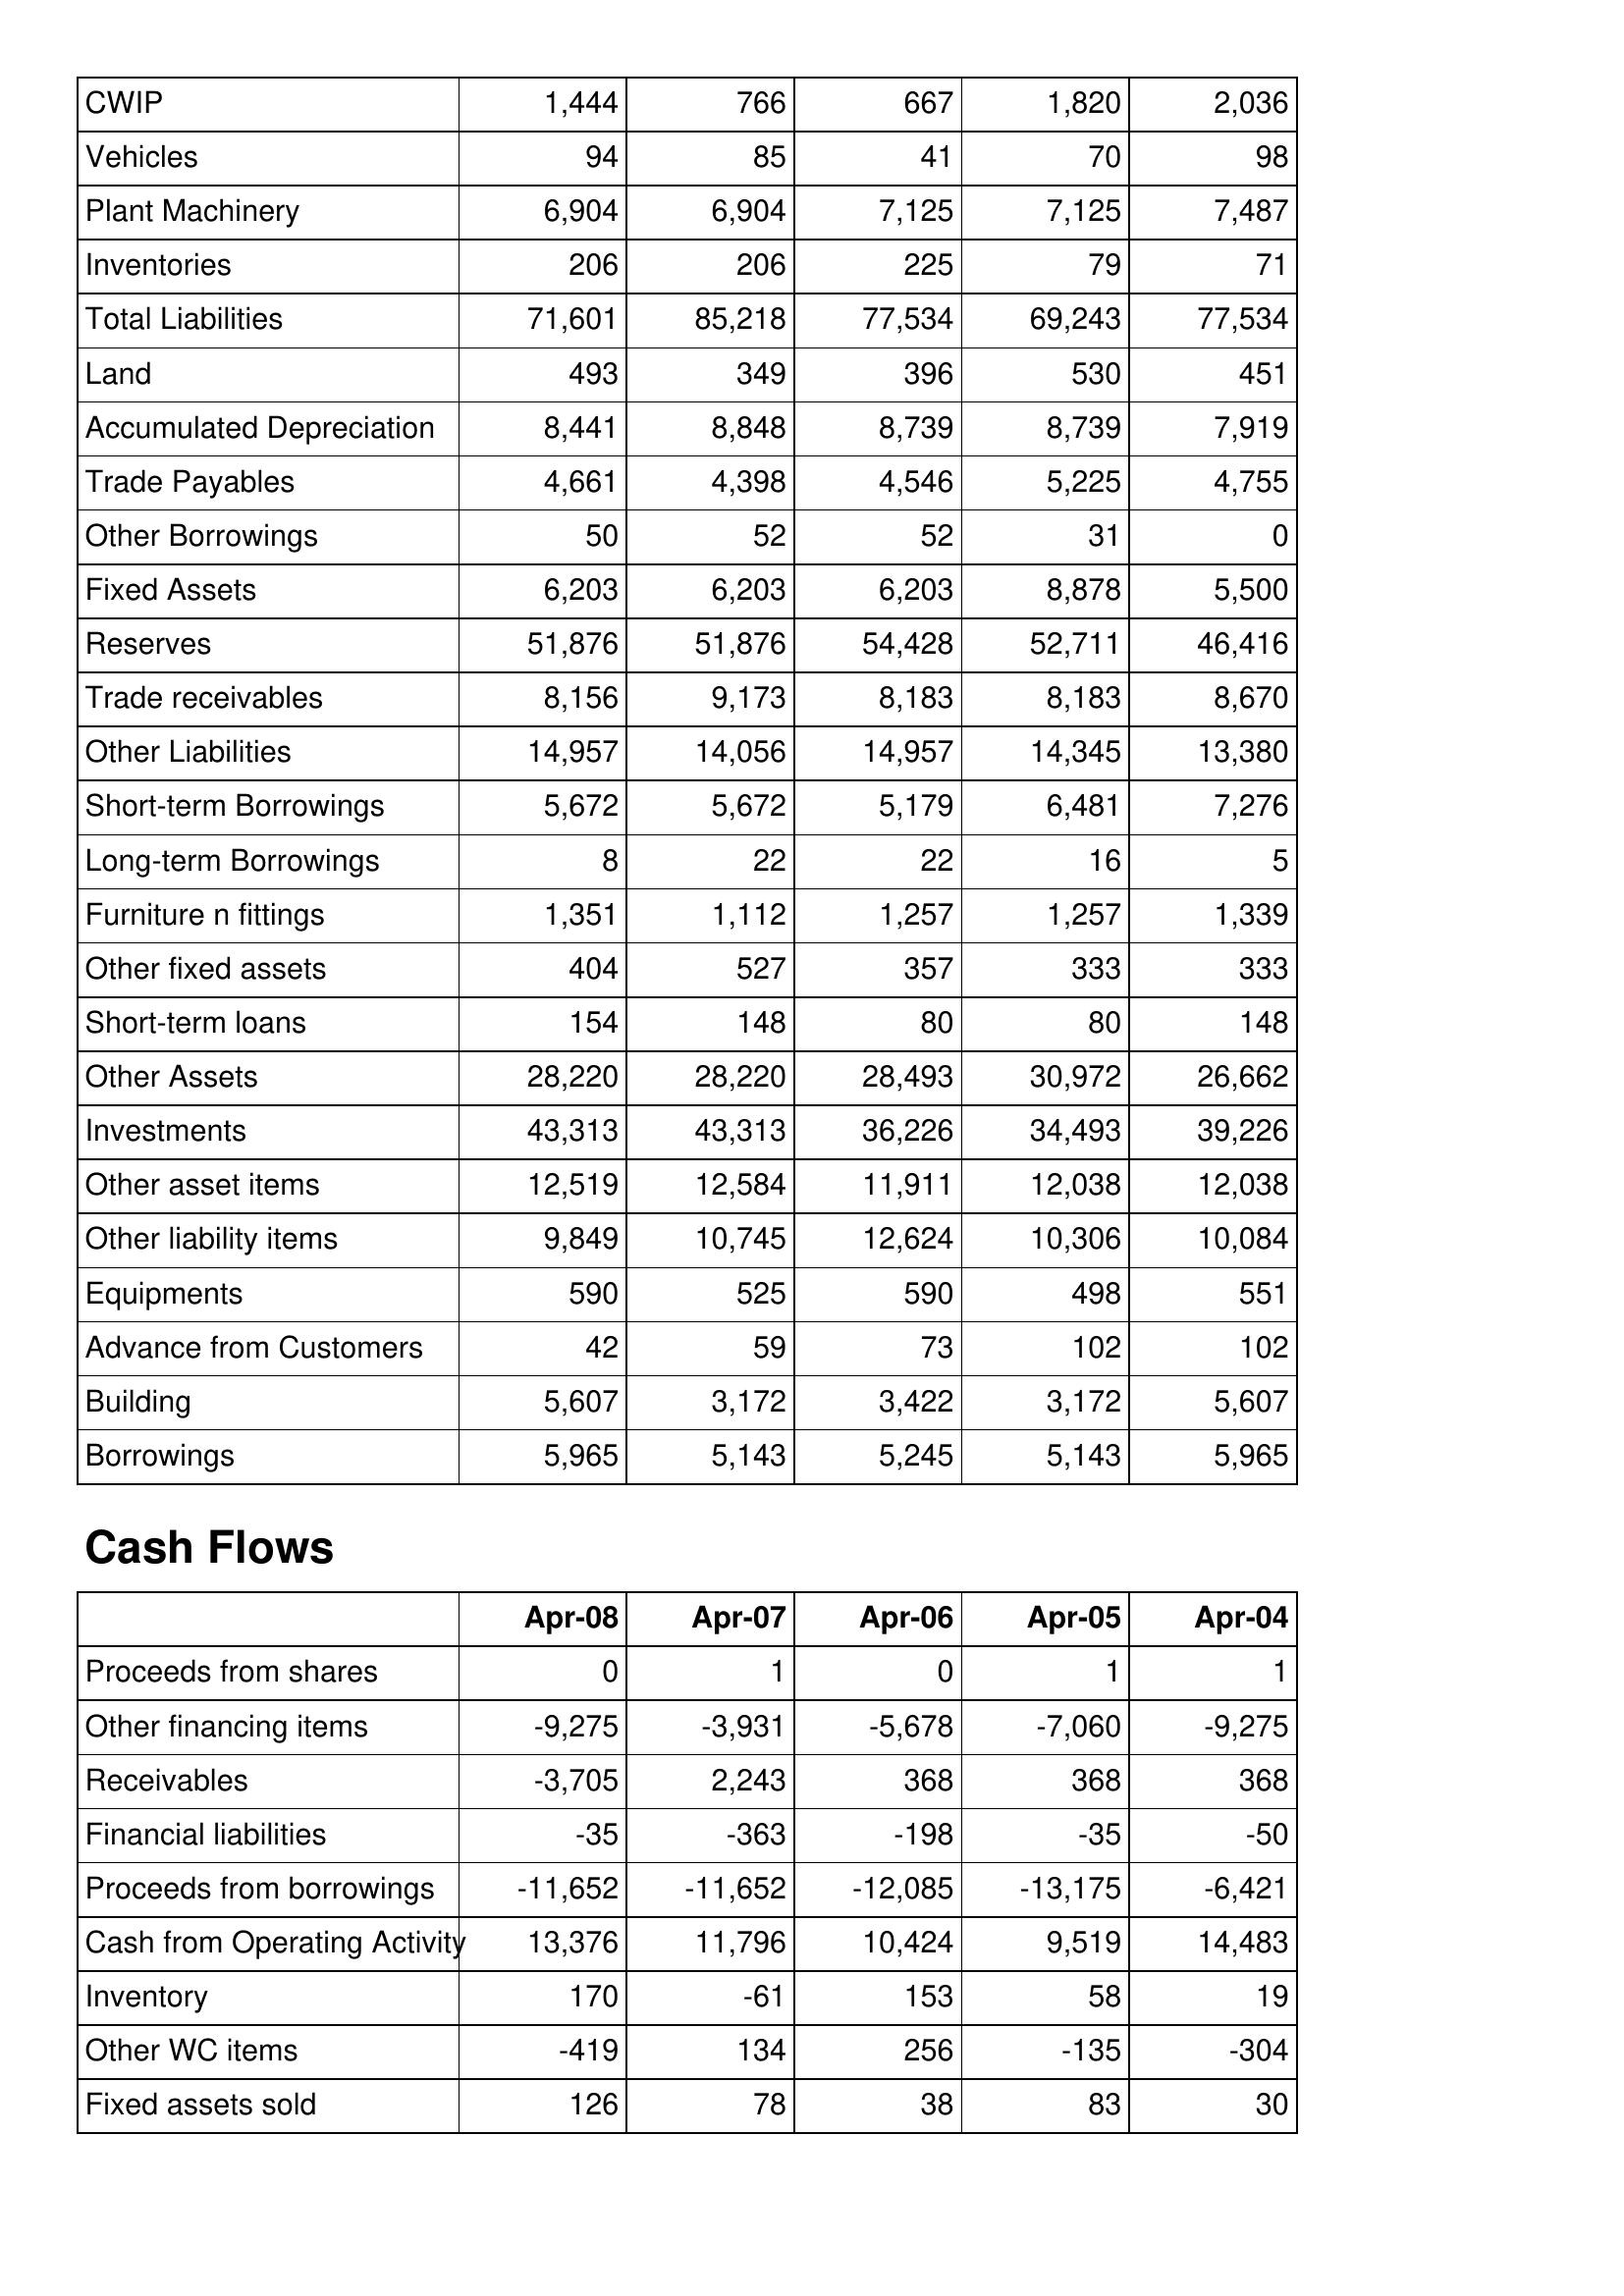
Apr-08: Balance Sheet: CWIP: 1,444
Vehicles: 94
Plant Machinery: 6,904
Inventories: 206
Total Liabilities: 71,601
Land: 493
Accumulated Depreciation: 8,441
Trade Payables: 4,661
Other Borrowings: 50
Fixed Assets: 6,203
Reserves: 51,876
Trade receivables: 8,156
Other Liabilities: 14,957
Short-term Borrowings: 5,672
Long-term Borrowings: 8
Furniture n fittings: 1,351
Other fixed assets: 404
Short-term loans: 154
Other Assets: 28,220
Investments: 43,313
Other asset items: 12,519
Other liability items: 9,849
Equipments: 590
Advance from Customers: 42
Building: 5,607
Borrowings: 5,965
Cash Flows: Proceeds from shares: 0
Other financing items: -9,275
Receivables: -3,705
Financial liabilities: -35
Proceeds from borrowings: -11,652
Cash from Operating Activity: 13,376
Inventory: 170
Other WC items: -419
Fixed assets sold: 126
Apr-07: Balance Sheet: CWIP: 766
Vehicles: 85
Plant Machinery: 6,904
Inventories: 206
Total Liabilities: 85,218
Land: 349
Accumulated Depreciation: 8,848
Trade Payables: 4,398
Other Borrowings: 52
Fixed Assets: 6,203
Reserves: 51,876
Trade receivables: 9,173
Other Liabilities: 14,056
Short-term Borrowings: 5,672
Long-term Borrowings: 22
Furniture n fittings: 1,112
Other fixed assets: 527
Short-term loans: 148
Other Assets: 28,220
Investments: 43,313
Other asset items: 12,584
Other liability items: 10,745
Equipments: 525
Advance from Customers: 59
Building: 3,172
Borrowings: 5,143
Cash Flows: Proceeds from shares: 1
Other financing items: -3,931
Receivables: 2,243
Financial liabilities: -363
Proceeds from borrowings: -11,652
Cash from Operating Activity: 11,796
Inventory: -61
Other WC items: 134
Fixed assets sold: 78
Apr-06: Balance Sheet: CWIP: 667
Vehicles: 41
Plant Machinery: 7,125
Inventories: 225
Total Liabilities: 77,534
Land: 396
Accumulated Depreciation: 8,739
Trade Payables: 4,546
Other Borrowings: 52
Fixed Assets: 6,203
Reserves: 54,428
Trade receivables: 8,183
Other Liabilities: 14,957
Short-term Borrowings: 5,179
Long-term Borrowings: 22
Furniture n fittings: 1,257
Other fixed assets: 357
Short-term loans: 80
Other Assets: 28,493
Investments: 36,226
Other asset items: 11,911
Other liability items: 12,624
Equipments: 590
Advance from Customers: 73
Building: 3,422
Borrowings: 5,245
Cash Flows: Proceeds from shares: 0
Other financing items: -5,678
Receivables: 368
Financial liabilities: -198
Proceeds from borrowings: -12,085
Cash from Operating Activity: 10,424
Inventory: 153
Other WC items: 256
Fixed assets sold: 38
Apr-05: Balance Sheet: CWIP: 1,820
Vehicles: 70
Plant Machinery: 7,125
Inventories: 79
Total Liabilities: 69,243
Land: 530
Accumulated Depreciation: 8,739
Trade Payables: 5,225
Other Borrowings: 31
Fixed Assets: 8,878
Reserves: 52,711
Trade receivables: 8,183
Other Liabilities: 14,345
Short-term Borrowings: 6,481
Long-term Borrowings: 16
Furniture n fittings: 1,257
Other fixed assets: 333
Short-term loans: 80
Other Assets: 30,972
Investments: 34,493
Other asset items: 12,038
Other liability items: 10,306
Equipments: 498
Advance from Customers: 102
Building: 3,172
Borrowings: 5,143
Cash Flows: Proceeds from shares: 1
Other financing items: -7,060
Receivables: 368
Financial liabilities: -35
Proceeds from borrowings: -13,175
Cash from Operating Activity: 9,519
Inventory: 58
Other WC items: -135
Fixed assets sold: 83
Apr-04: Balance Sheet: CWIP: 2,036
Vehicles: 98
Plant Machinery: 7,487
Inventories: 71
Total Liabilities: 77,534
Land: 451
Accumulated Depreciation: 7,919
Trade Payables: 4,755
Other Borrowings: 0
Fixed Assets: 5,500
Reserves: 46,416
Trade receivables: 8,670
Other Liabilities: 13,380
Short-term Borrowings: 7,276
Long-term Borrowings: 5
Furniture n fittings: 1,339
Other fixed assets: 333
Short-term loans: 148
Other Assets: 26,662
Investments: 39,226
Other asset items: 12,038
Other liability items: 10,084
Equipments: 551
Advance from Customers: 102
Building: 5,607
Borrowings: 5,965
Cash Flows: Proceeds from shares: 1
Other financing items: -9,275
Receivables: 368
Financial liabilities: -50
Proceeds from borrowings: -6,421
Cash from Operating Activity: 14,483
Inventory: 19
Other WC items: -304
Fixed assets sold: 30